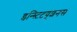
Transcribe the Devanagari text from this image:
इन्स्टिटयूशनस